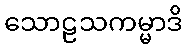
သောဠသကမ္မာဒိ